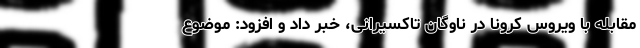
مقابله با ویروس کرونا در ناوگان تاکسیرانی، خبر داد و افزود: موضوع